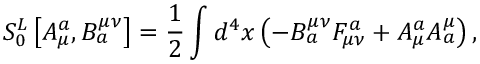
S _ { 0 } ^ { L } \left[ A _ { \mu } ^ { a } , B _ { a } ^ { \mu \nu } \right] = \frac 1 2 \int d ^ { 4 } x \left( - B _ { a } ^ { \mu \nu } F _ { \mu \nu } ^ { a } + A _ { \mu } ^ { a } A _ { a } ^ { \mu } \right) ,